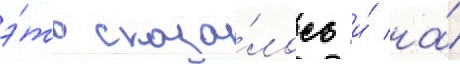
э́то сказа́лось и́ на́